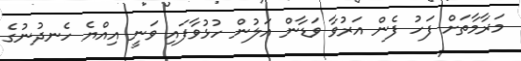
މަރާމާތަށް ފަހު ފެން އަރުވާ ވަޑާން އަލުން ހުޅުވާފައި ވަނީ އިއްޔެ ހެނދުނުގެ